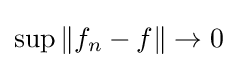
\operatorname {sup} \|f_{n}-f\|\to 0